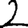
Digit: 2